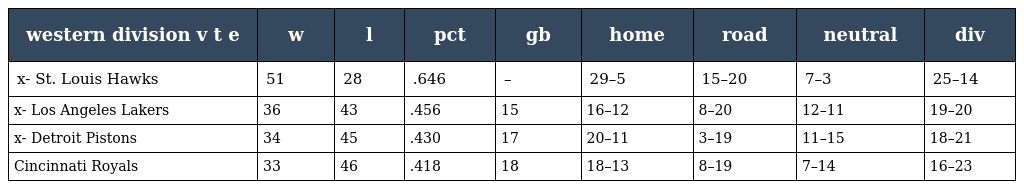
| western division v t e | w | l | pct | gb | home | road | neutral | div |
 | --- | --- | --- | --- | --- | --- | --- | --- | --- |
 | x- St. Louis Hawks | 51 | 28 | .646 | – | 29–5 | 15–20 | 7–3 | 25–14 |
 | x- Los Angeles Lakers | 36 | 43 | .456 | 15 | 16–12 | 8–20 | 12–11 | 19–20 |
 | x- Detroit Pistons | 34 | 45 | .430 | 17 | 20–11 | 3–19 | 11–15 | 18–21 |
 | Cincinnati Royals | 33 | 46 | .418 | 18 | 18–13 | 8–19 | 7–14 | 16–23 |